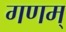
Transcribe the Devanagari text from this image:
गणम्